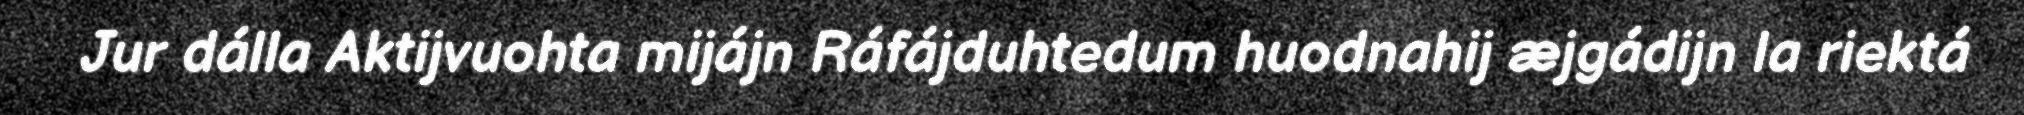
Jur dálla Aktijvuohta mijájn Ráfájduhtedum huodnahij æjgádijn la riektá